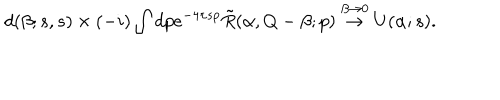
LaTeX: d ( \beta ; s , s ) \times ( - i ) \int d p e ^ { - 4 \pi s p } \tilde { R } ( \alpha , Q - \beta ; p ) \stackrel { \beta \to 0 } { \rightarrow } U ( \alpha ; s ) .